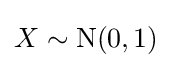
X\sim {\textrm {N}}(0,1)